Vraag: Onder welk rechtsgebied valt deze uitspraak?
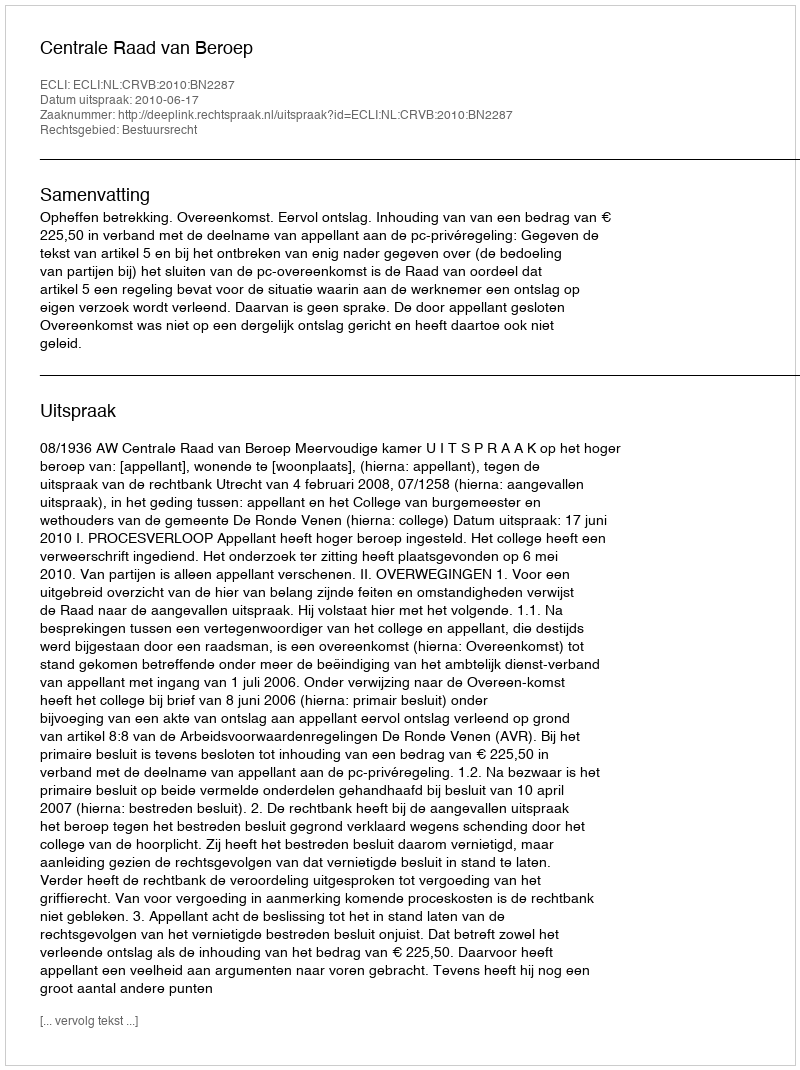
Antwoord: Bestuursrecht